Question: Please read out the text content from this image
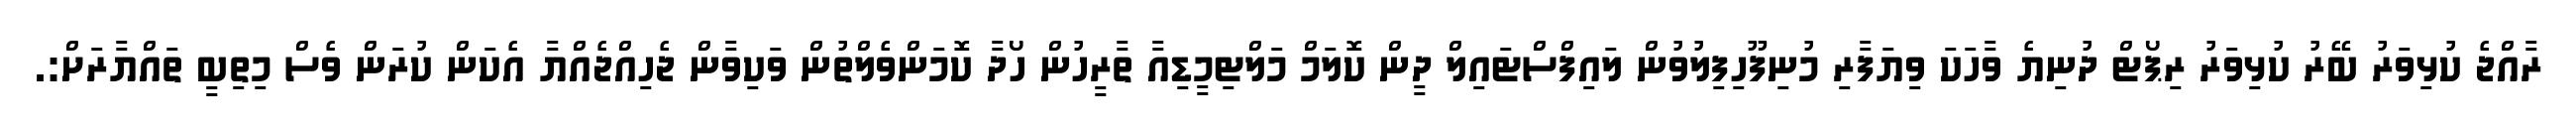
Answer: ރާއްޖެ ކުޅިވަރު ބޭރު ކުޅިވަރު ރިޕޯޓް ދުނިޔެ ވާހަކަ ވިޔަފާރި މުނިފޫހިފިލުވުން ލައިފްސްޓައިލް ދީން ކޮލަމް މަލްޓިމީޑިއާ ތާރީހުން ހޯދާ ކޮމަންވެލްތުން ވަކިވާން ޖެހިއްޖެއްޔާ އެކަން ކުރަން ވެސް މިތިބީ ތައްޔާރަށް:.